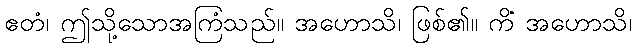
ဧတံ၊ ဤသို့သောအကြံသည်။ အဟောသိ၊ ဖြစ်၏။ ကိံ အဟောသိ၊